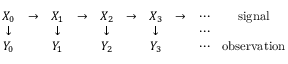
{ \begin{array} { c c c c c c c c c c } { X _ { 0 } } & { \to } & { X _ { 1 } } & { \to } & { X _ { 2 } } & { \to } & { X _ { 3 } } & { \to } & { \cdots } & { { \mathrm { s i g n a l } } } \\ { \downarrow } & & { \downarrow } & & { \downarrow } & & { \downarrow } & & { \cdots } & \\ { Y _ { 0 } } & & { Y _ { 1 } } & & { Y _ { 2 } } & & { Y _ { 3 } } & & { \cdots } & { { \mathrm { o b s e r v a t i o n } } } \end{array} }